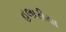
હલારીયા